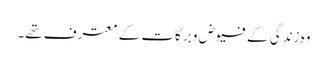
وہ زندگی کے فیوض و برکات کے معترف تھے۔